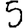
Digit: 5